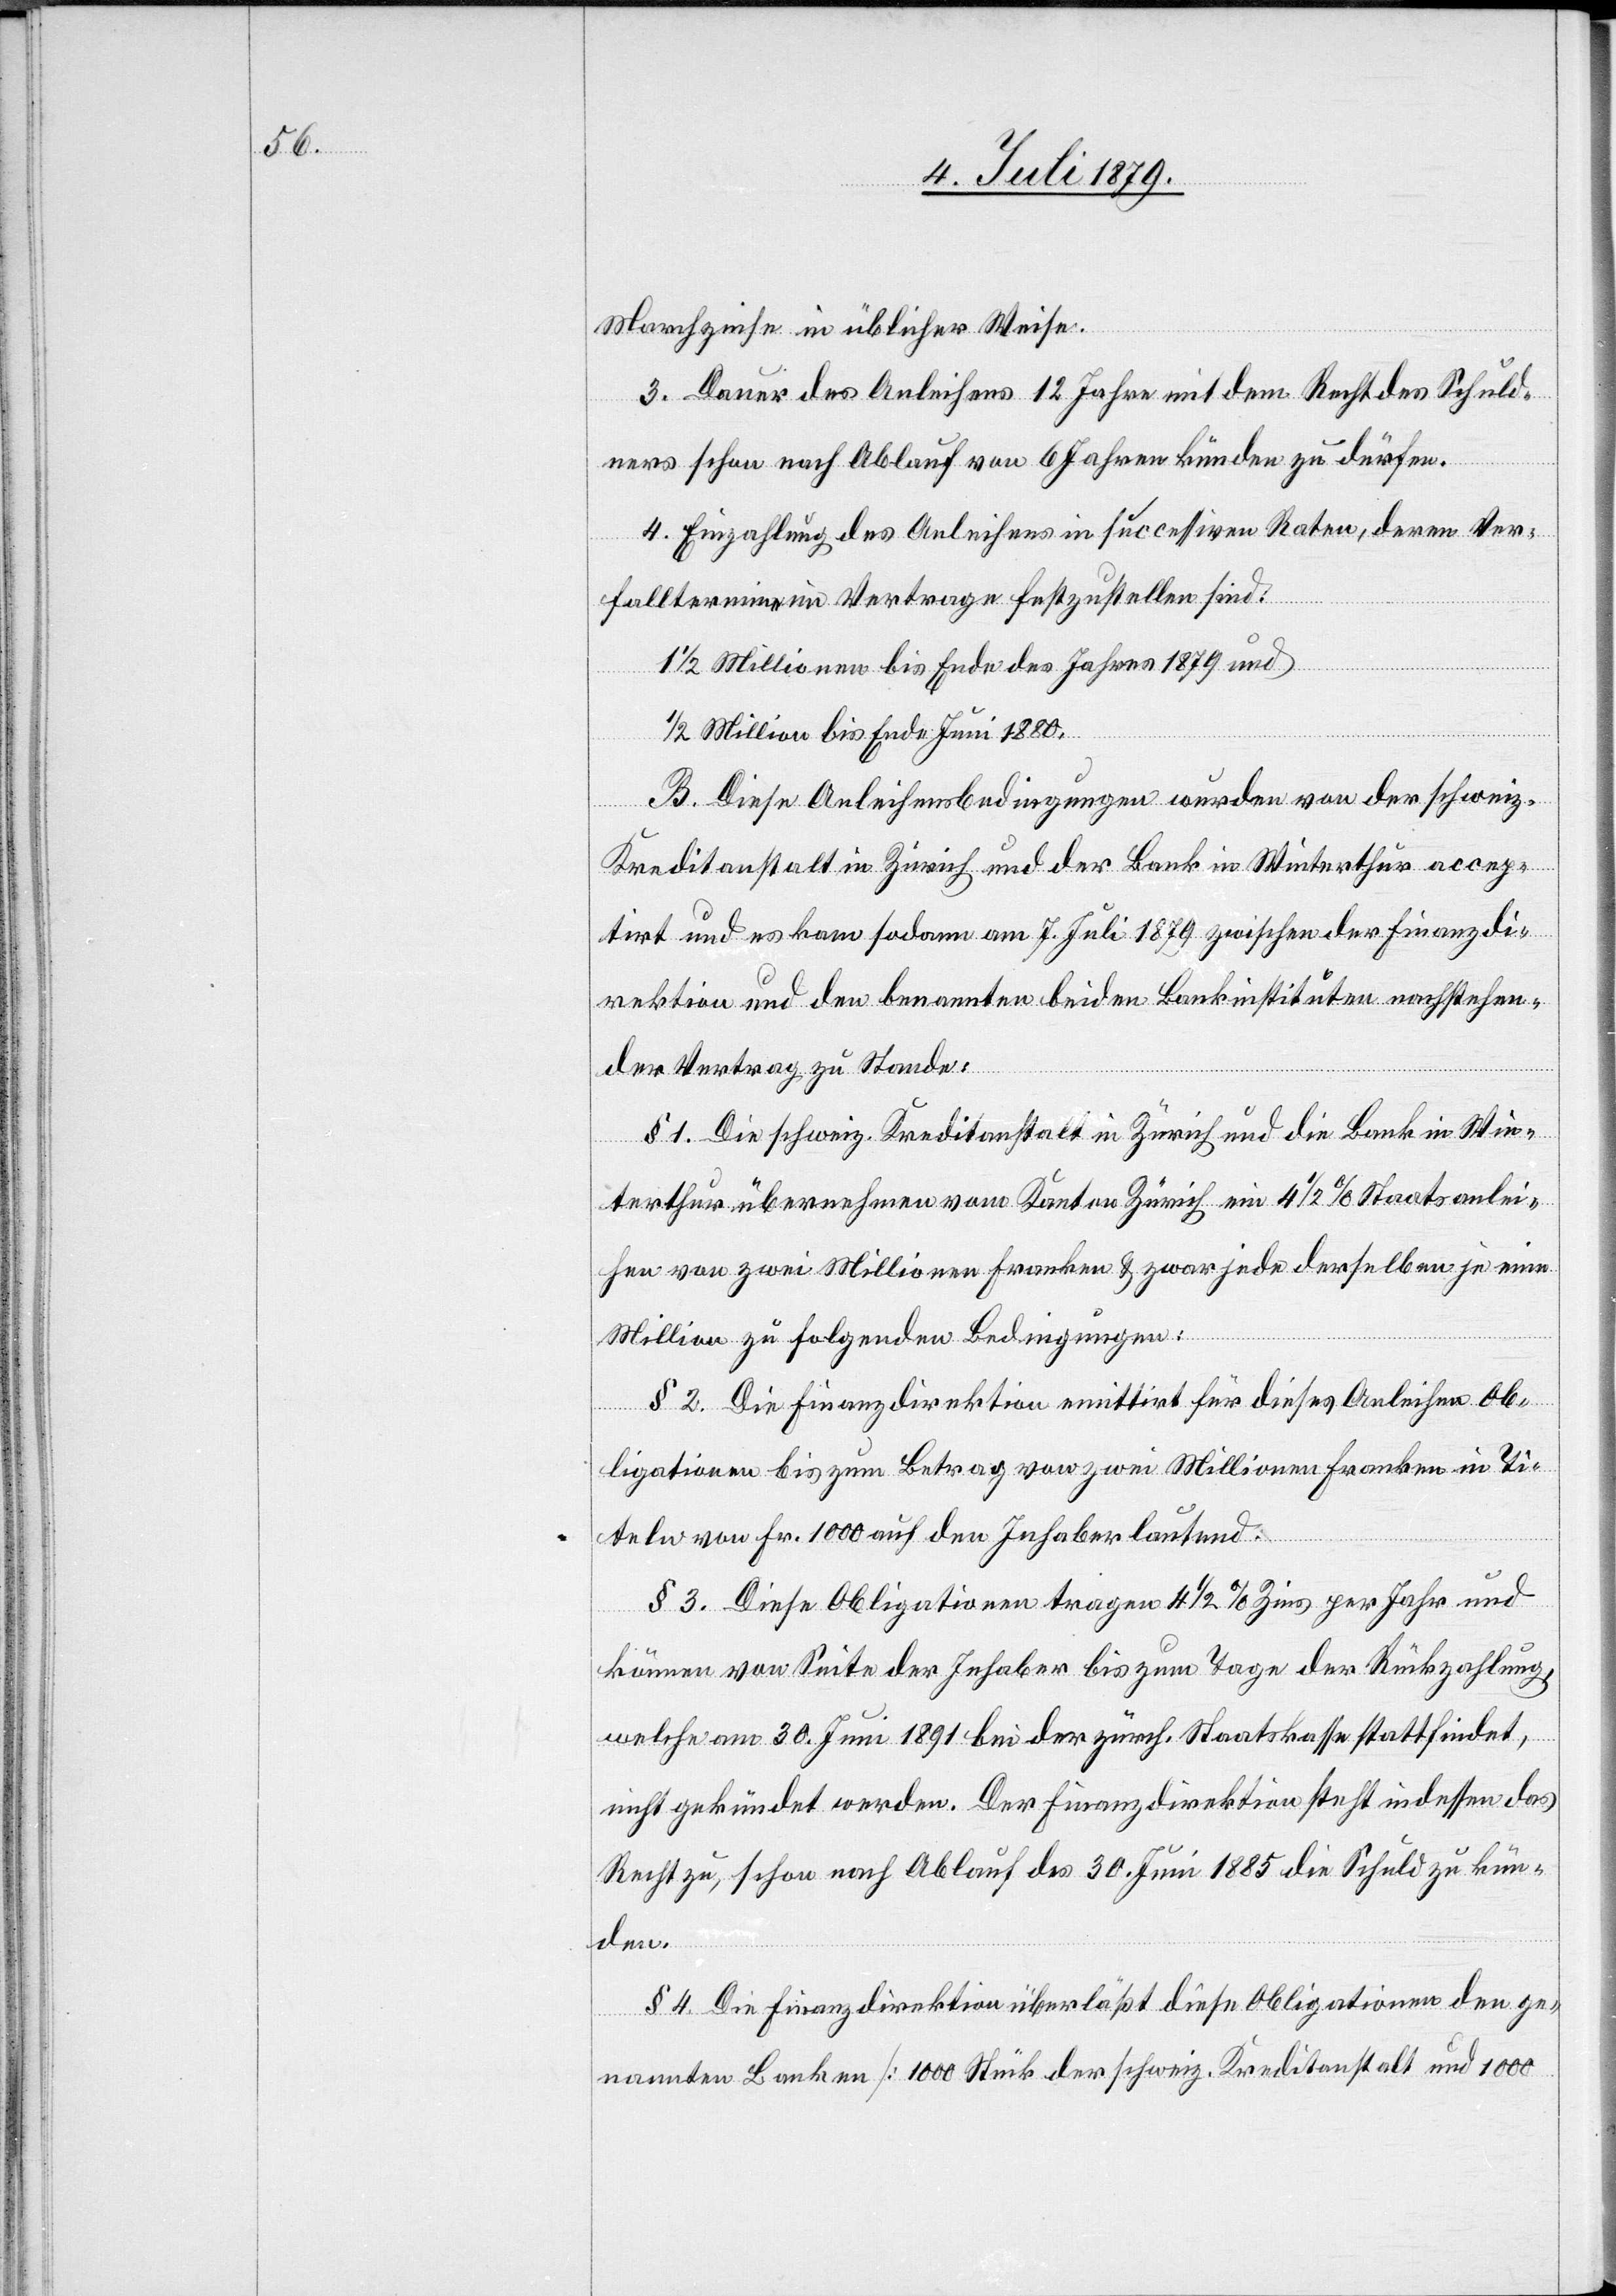
Marchzinse in üblicher Weise.
3. Dauer des Anleihens 12 Jahre mit dem Recht des Schuld¬
ners schon nach Ablauf von 6 Jahren künden zu dürfen.
4. Einzahlung des Anleihens in successiven Raten, deren Ver¬
falltermine im Vertrage festzustellen sind:
1/2 Millionen bis Ende des Jahres 1879 und
1/2 Million bis Ende Juni 1880.
B. Diese Anleihensbedingungen wurden von der schweiz.
Kreditanstalt in Zürich und der Bank in Winterthur accep¬
tirt und es kam sodann am 7. Juli 1879 zwischen der Finanzdi¬
rektion und den benannten beiden Bankinstituten nachstehen¬
der Vertrag zu Stande:
§ 1. Die schweiz. Kreditanstalt in Zürich und die Bank in Win¬
terthur übernehmen vom Kanton Zürich ein 4 1/2% Staatsanlei¬
hen von zwei Millionen Franken & zwar jede derselben je eine
Million zu folgenden Bedingungen:
§ 2. Die Finanzdirektion emittirt für dieses Anleihen Ob¬
ligationen bis zum Betrag von zwei Millionen Franken in Ti¬
teln von Fr. 1000 auf den Inhaber lautend.
§ 3. Diese Obligationen tragen 4 1/2% Zins per Jahr und
können von Seite der Inhaber bis zum Tage der Rückzahlung,
welche am 30. Juni 1891 bei der zürch. Staatskasse stattfindet,
nicht gekündet werden. Der Finanzdirektion steht indessen das
Recht zu, schon nach Ablauf des 30. Juni 1885 die Schuld zu kün¬
den.
§ 4. Die Finanzdirektion überläßt diese Obligationen den ge¬
nannten Banken [1000 Stück der schweiz. Kreditanstalt und 1000